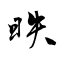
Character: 昳